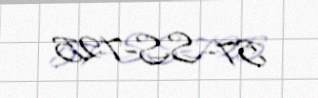
57-SS-725